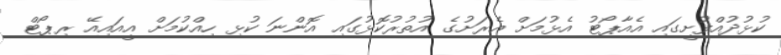
ކުޅުދުއްފުށީގައި އެއާޕޯޓު އެޅުމަށް އެރަށުގެ އުތުރުކޮޅުގައި އޮންނަ ކުޅި ހިއްކުމަށް އީއައިއޭ ރިޕޯޓް